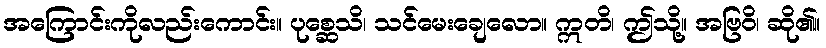
အကြောင်းကိုလည်းကောင်း။ ပုစ္ဆေသိ၊ သင်မေးချေလော။ ဣတိ၊ ဤသို့။ အဗြဝိ၊ ဆို၏။